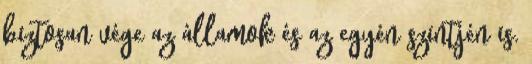
biztosan vége az államok és az egyén szintjén is.